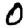
Digit: 0